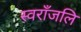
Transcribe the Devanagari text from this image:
स्वराँजलि